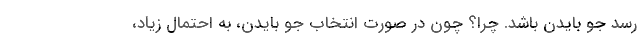
رسد جو بایدن باشد. چرا؟ چون در صورت انتخاب جو بایدن، به احتمال زیاد،